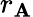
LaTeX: r_{\mathbf{A}}